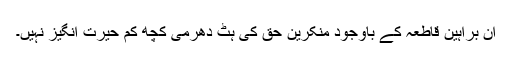
ان براہین قاطعہ کے باوجود منکرین حق کی ہٹ دھرمی کچھ کم حیرت انگیز نہیں۔